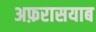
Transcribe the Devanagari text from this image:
अफ़रासयाब